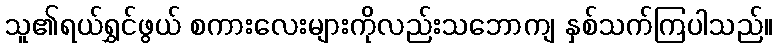
သူ၏ရယ်ရွှင်ဖွယ် စကားလေးများကိုလည်းသဘောကျ နှစ်သက်ကြပါသည်။